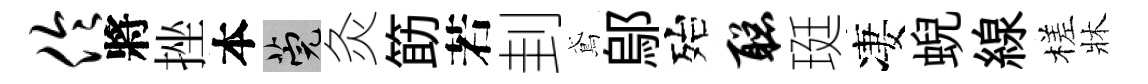
伶將挫本筦灸筯若刲鳶鄔殆聪珽凄蜺線槎牀